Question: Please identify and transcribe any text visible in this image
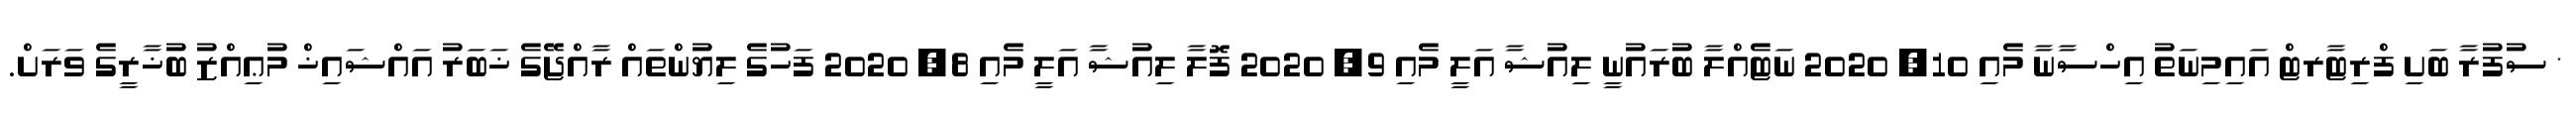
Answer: * ސުފުރާ ބަށި ފްރިޓާރޓް އައިމިނަތު އިހްސާނާ މެއި 10, 2020 ނަޓެއްލާ ބުރައުނީ ލިއުޝާ އަލީ މެއި 9, 2020 ފޮލާ ލިއުޝާ އަލީ މެއި 8, 2020 ފަހުގެ ލިޔުންތައް ރާއްޖޭގެ ޚަބަރު އައްޝައިޚް މުޢިއްޒު ބުޚާރީގެ ވަރަށް.